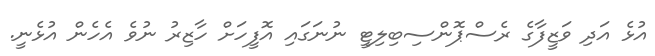
އުޅެ އަދި ވަޒީފާގެ ރެސްޕޮންސިބިލިޓީ ނުނަގައި އޮފީހަށް ހާޒިރު ނުވެ އެހެން އުޅެނީ.